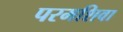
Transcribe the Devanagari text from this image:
परमशिवा